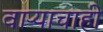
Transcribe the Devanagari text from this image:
वाऱ्याचाही